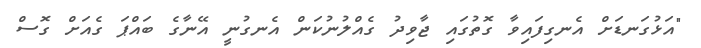
"އަޅުގަނޑަށް އެނގިފައިވާ ގޮތުގައި ޖާވިދު ގެއްލުނުކަން އެނގުނީ އޭނާގެ ބައްޕަ ގެއަށް ގޮސް